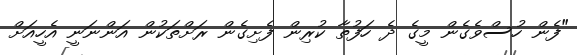
"ފެން ހުސްވެގެން މީގެ ދެ ހަފުތާ ކުރިން ފެށިގެން ރަށްތަކުން އަންނަނީ އެހީއަށް